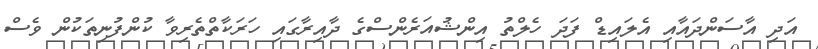
އަދި އާސަންދައާއި އެލައިޑް ފަދަ ހެލްތު އިންޝުއަރެންސްގެ ދާއިރާގައި ހަރަކާތްތެރިވާ ކުންފުނިތަކުން ވެސް